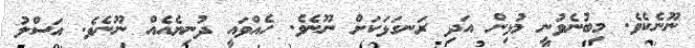
ނޫނެކެވެ. މިބުނެވުނީ މުޅިން އަދި ރަނގަޅަކަށް ނޫނެވެ. ހެއްވައީ ދުނިޔެއެއް ނޫނެވެ. އަސްލު